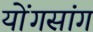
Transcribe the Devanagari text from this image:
योंगसांग